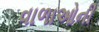
વાળાઓની